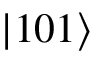
\left| 1 0 1 \right>